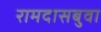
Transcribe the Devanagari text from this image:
रामदासबुवा